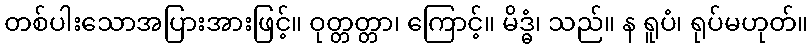
တစ်ပါးသောအပြားအားဖြင့်။ ဝုတ္တတ္တာ၊ ကြောင့်။ မိဒ္ဓံ၊ သည်။ န ရူပံ၊ ရုပ်မဟုတ်။